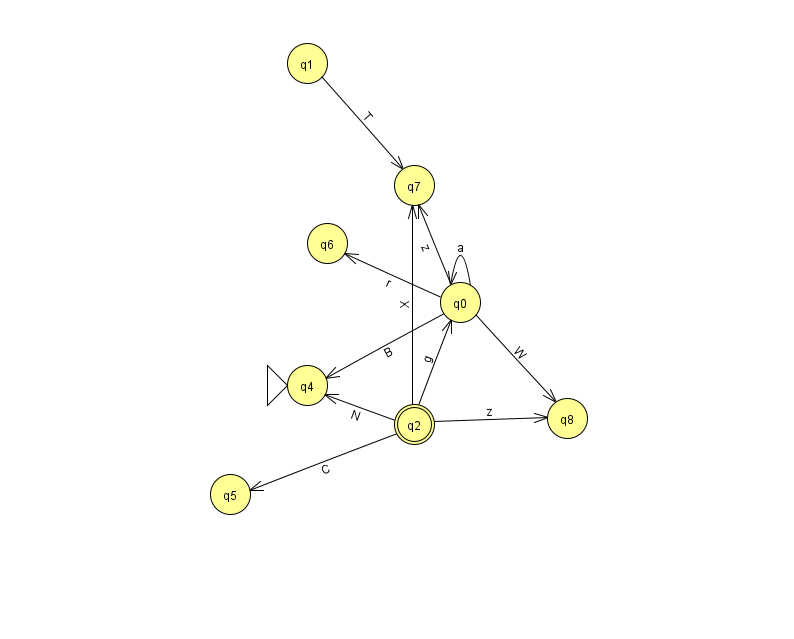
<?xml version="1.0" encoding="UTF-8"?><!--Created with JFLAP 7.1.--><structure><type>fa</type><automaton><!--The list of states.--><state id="0" name="q0"><x>460.0</x><y>289.0</y></state><state id="1" name="q1"><x>307.0</x><y>50.0</y></state><state id="2" name="q2"><x>414.0</x><y>411.0</y><final/></state><state id="4" name="q4"><x>307.0</x><y>372.0</y><initial/></state><state id="5" name="q5"><x>230.0</x><y>481.0</y></state><state id="6" name="q6"><x>327.0</x><y>230.0</y></state><state id="7" name="q7"><x>414.0</x><y>172.0</y></state><state id="8" name="q8"><x>567.0</x><y>405.0</y></state><!--The list of transitions.--><transition><from>0</from><to>6</to><read>r</read></transition><transition><from>1</from><to>7</to><read>T</read></transition><transition><from>0</from><to>0</to><read>a</read></transition><transition><from>2</from><to>0</to><read>g</read></transition><transition><from>0</from><to>7</to><read>z</read></transition><transition><from>0</from><to>4</to><read>B</read></transition><transition><from>2</from><to>5</to><read>C</read></transition><transition><from>2</from><to>7</to><read>X</read></transition><transition><from>2</from><to>8</to><read>z</read></transition><transition><from>0</from><to>8</to><read>W</read></transition><transition><from>2</from><to>4</to><read>N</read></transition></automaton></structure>